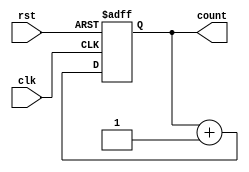
`timescale 1ns/1ns

module counter #(
    parameter w = 4,
    parameter initial_v = {w{1'b0}})(
    clk, rst, count);

input clk, rst;
output[w-1:0] count;

reg[w-1:0] count_reg, count_next;

//bloc combinational
always @(*) begin
        count_next = count_reg + 1'b1;
end


//bloc secvential
always @(posedge clk, negedge rst) begin
    if( !rst ) begin
        count_reg <= initial_v;
    end
    else begin
        count_reg <= count_next;
    end
end

assign count = count_reg;

endmodule